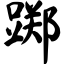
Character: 踯